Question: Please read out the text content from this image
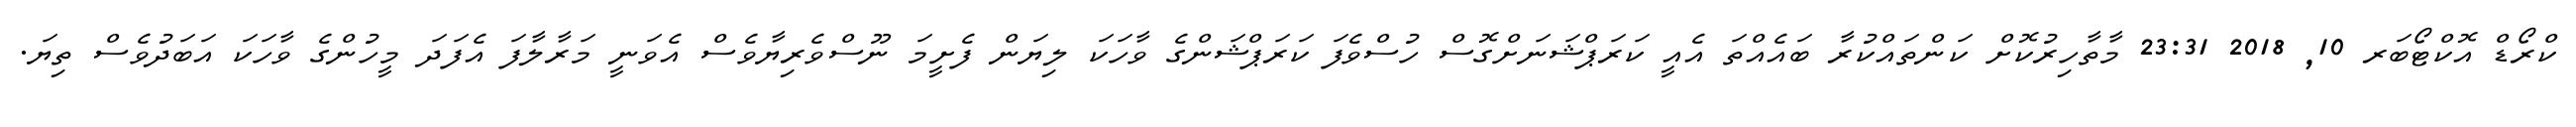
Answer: ކްރޯޑް އޮކްޓޯބަރ 10, 2018 23:31 މާތާހިރުކޮށް ކަންތައްކުރާ ބައެއްތަ އެއީ ކަރަޕްޝަނަށްގޮސް ހުސްވެފަ ކަރަޕްޝަންގެ ވާހަކަ ލިޔަން ފެށީމަ ނޫސްވެރިޔާވެސް އެވަނީ މަރާލާފަ އެފަދަ މީހުންގެ ވާހަކަ އަބަދުވެސް ތިޔަ.